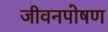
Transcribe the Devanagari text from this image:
जीवनपोषण